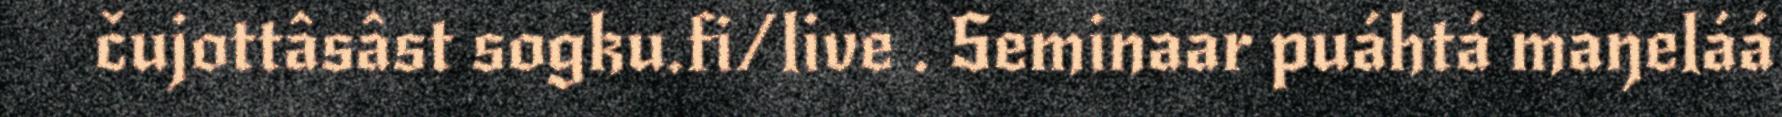
čujottâsâst sogku.fi/live . Seminaar puáhtá maŋeláá